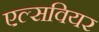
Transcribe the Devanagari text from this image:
एल्सवियर